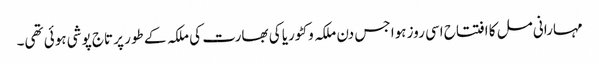
مہارانی مل کا افتتاح اسی روز ہوا جس دن ملکہ وکٹوریا کی بھارت کی ملکہ کے طور پر تاج پوشی ہوئی تھی۔